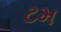
ટમ